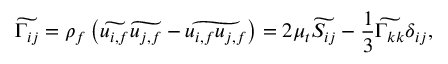
\widetilde { \Gamma _ { i j } } = \rho _ { f } \left( \widetilde { u _ { i , f } } \widetilde { u _ { j , f } } - \widetilde { u _ { i , f } u _ { j , f } } \right) = 2 \mu _ { t } \widetilde { S _ { i j } } - \frac { 1 } { 3 } \widetilde { \Gamma _ { k k } } \delta _ { i j } ,